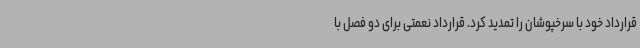
قرارداد خود با سرخپوشان را تمدید کرد. قرارداد نعمتی برای دو فصل با